Madras plague regulations in force outside the Presidency town - Volume 3
Disease focus: Plague
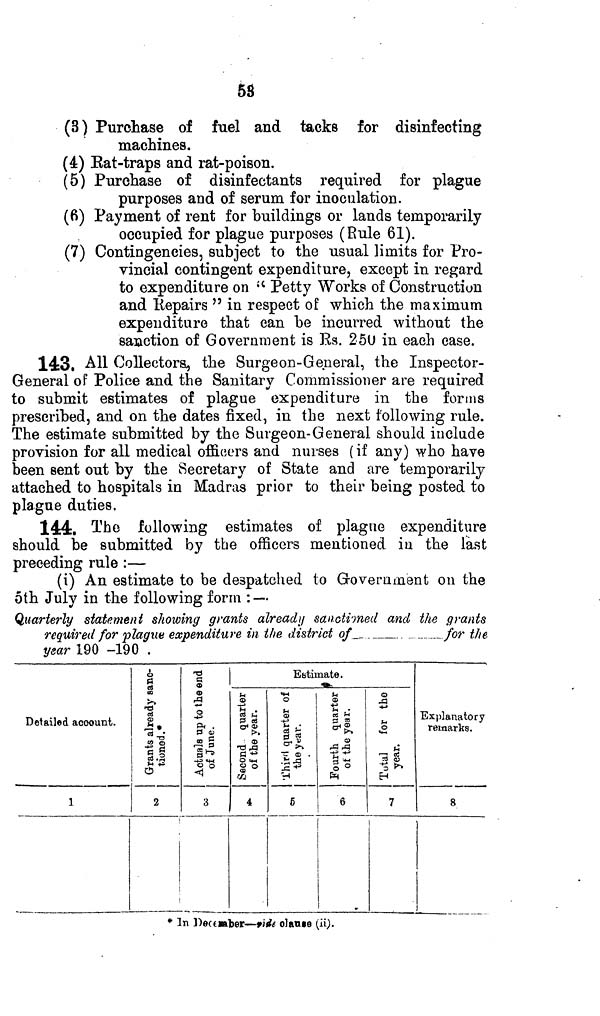
58
(3) Purchase of fuel and tacks for disinfecting
machines.
(4) Eat-traps and rat-poison.
(5) Purchase of disinfectants required for plague
purposes and of serum for inoculation.
(6) Payment of rent for buildings or lands temporarily
occupied for plague purposes (Rule 61).
(7) Contingencies, subject to the usual limits for Pro-
vincial contingent expenditure, except in regard
to expenditure on ic Petty Works of Construction
and liepairs " in respect of which the maximum
expenditure that can be incurred without the
sanction of Government is Rs. 25U in each case.
14:3. All Collectors, the Surgeon-General, the Inspector-
General of Police and the Sanitary Commissioner are required
to submit estimates of plague expenditure in the forms
prescribed, and on the dates fixed, in the next following rule.
The estimate submitted by the S urge on-General should include
provision for all medical officers and nurses (if any) who have
been sent out by the Secretary of State and are temporarily
attached to hospitals in Madras prior to their being posted to
plague duties,
144:. The following estimates of plague expenditure
should be submitted by the officers mentioned in the last
preceding rule :—
(i) An estimate to be despatched to Government on the
5th July in the following form : —
Quarterly statement showing grants already sanctioned and the grants
required for plague expenditure in the district of
for the
year 190 -190 .
Detailed account.
1
¿
tí e«
00
•£ oä
s. rtt
n <D
g §
S'ö
o
2
TS
G
«
«
A
o
P< .
a in
,3g
§•
€"8
<)
3
Estimate.
M
<D
oä f
f es
CT 1 «
>»
«
-%3
|o
03
4
«W
o
ä
-»j f - >
cä £
§•!
-Ç 6S .
%*
"H
5
M
02
4J
s *•
s »
*&
S)
AA
•fi-**
§ ô
6
05
-a
M o
S-l
*H
1-3 ttf
rá c;
"5*
H
7
i
Explanatory
remarks.
8
* In Dectmber — 9¡¿e olan»e (ii).